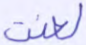
لعنت